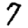
Digit: 7